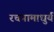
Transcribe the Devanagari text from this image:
रचनामाधुर्य